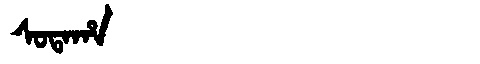
Manchu: ᠰᠣᡨᠠᡥᠠ
Romanization: SOTAHA